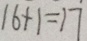
1 6 + 1 = 1 7